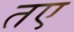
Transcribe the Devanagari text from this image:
तए